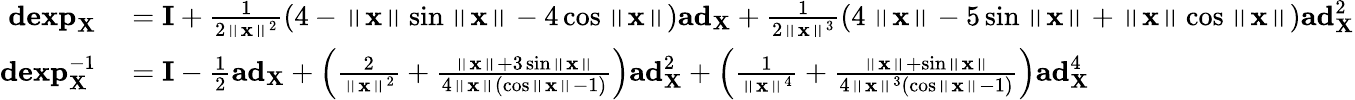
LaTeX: \begin{array}{rl}{\mathbf{dexp}_{\mathbf{X}}}&{{}=\mathbf{I}+\frac{1}{2\left\Vert\mathbf{x}\right\Vert^{2}}\left(4-\left\Vert\mathbf{x}\right\Vert\sin\left\Vert\mathbf{x}\right\Vert-4\cos\left\Vert\mathbf{x}\right\Vert\right)\mathbf{ad}_{\mathbf{X}}+\frac{1}{2\left\Vert\mathbf{x}\right\Vert^{3}}\left(4\left\Vert\mathbf{x}\right\Vert-5\sin\left\Vert\mathbf{x}\right\Vert+\left\Vert\mathbf{x}\right\Vert\cos\left\Vert\mathbf{x}\right\Vert\right)\mathbf{ad}_{\mathbf{X}}^{2}}\\ {\mathbf{dexp}_{\mathbf{X}}^{-1}}&{{}=\mathbf{I}-\frac{1}{2}\mathbf{ad}_{\mathbf{X}}+\left(\frac{2}{\left\Vert\mathbf{x}\right\Vert^{2}}+\frac{\left\Vert\mathbf{x}\right\Vert+3\sin\left\Vert\mathbf{x}\right\Vert}{4\left\Vert\mathbf{x}\right\Vert\left(\cos\left\Vert\mathbf{x}\right\Vert-1\right)}\right)\mathbf{ad}_{\mathbf{X}}^{2}+\left(\frac{1}{\left\Vert\mathbf{x}\right\Vert^{4}}+\frac{\left\Vert\mathbf{x}\right\Vert+\sin\left\Vert\mathbf{x}\right\Vert}{4\left\Vert\mathbf{x}\right\Vert^{3}\left(\cos\left\Vert\mathbf{x}\right\Vert-1\right)}\right)\mathbf{ad}_{\mathbf{X}}^{4}}\end{array}